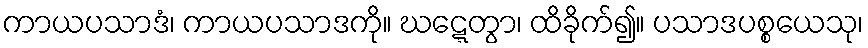
ကာယပသာဒံ၊ ကာယပသာဒကို။ ဃဋ္ဋေတွာ၊ ထိခိုက်၍။ ပသာဒပစ္စယေသု၊